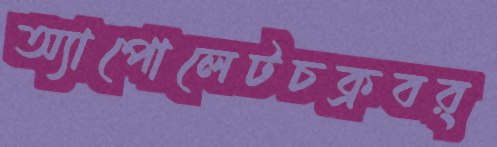
অ্যাপোলেটচক্রবর্